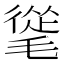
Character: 𣯨